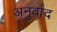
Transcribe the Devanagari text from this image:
अनुर्वाद